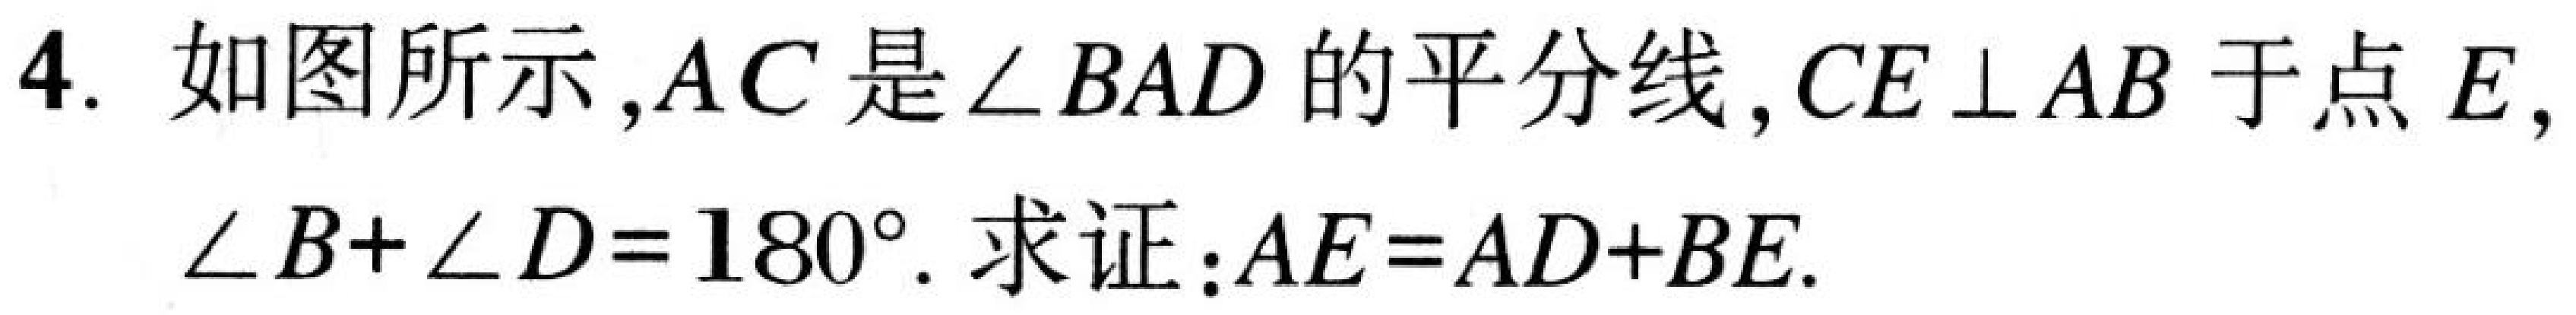
4. 如图所示，\(AC\) 是\(\angle BAD\) 的平分线，\(CE\perp AB\) 于点 \(E\)，
\(\angle B+\angle D = 180^{\circ}\). 求证：\(AE = AD + BE\).